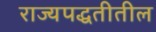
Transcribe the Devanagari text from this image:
राज्यपद्धतीतील